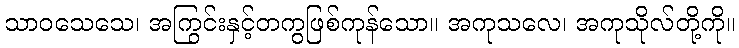
သာဝသေသေ၊ အကြွင်းနှင့်တကွဖြစ်ကုန်သော။ အကုသလေ၊ အကုသိုလ်တို့ကို။